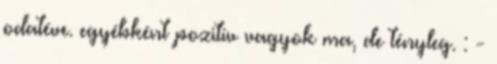
odatéve. egyébként pozitív vagyok ma, de tényleg. : -